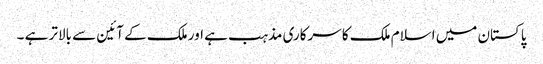
پاکستان میں اسلام ملک کا سرکاری مذہب ہے اور ملک کے آئین سے بالاتر ہے ۔